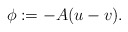
\begin{align*}\phi := - A (u - v) .\end{align*}